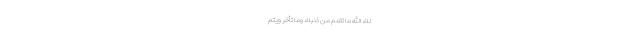
لَكَ اللَّهُ مَا تَقَدَّمَ مِنْ ذَنْبِكَ وَمَا تَأَخَّرَ وَيُتِمَّ